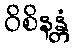
ဝိစိနန္တံ